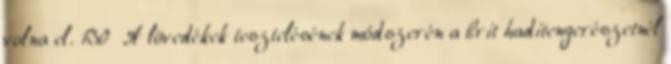
volna el. 130 A lövedékek tesztelésének módszerén a brit haditengerészetnél